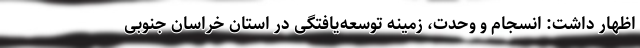
اظهار داشت: انسجام و وحدت، زمینه توسعه‌یافتگی در استان خراسان جنوبی